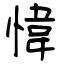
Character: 愇